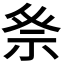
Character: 𮁨